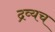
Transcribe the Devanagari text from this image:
द्रव्यच